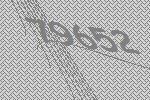
79652